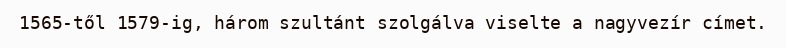
1565-től 1579-ig, három szultánt szolgálva viselte a nagyvezír címet.